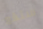
ستقع